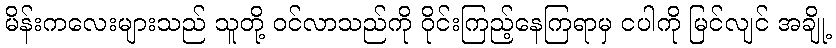
မိန်းကလေးများသည် သူတို့ ဝင်လာသည်ကို ဝိုင်းကြည့်နေကြရာမှ ငပါကို မြင်လျင် အချို့